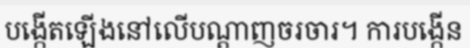
បង្កើតឡើងនៅលើបណ្តាញចរចារ។ ការបង្កើន